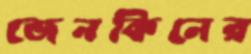
জেনকিনের